Civil Veterinary Dept. Bombay admin report 1893-99 - 1893-1899
Year: 1893
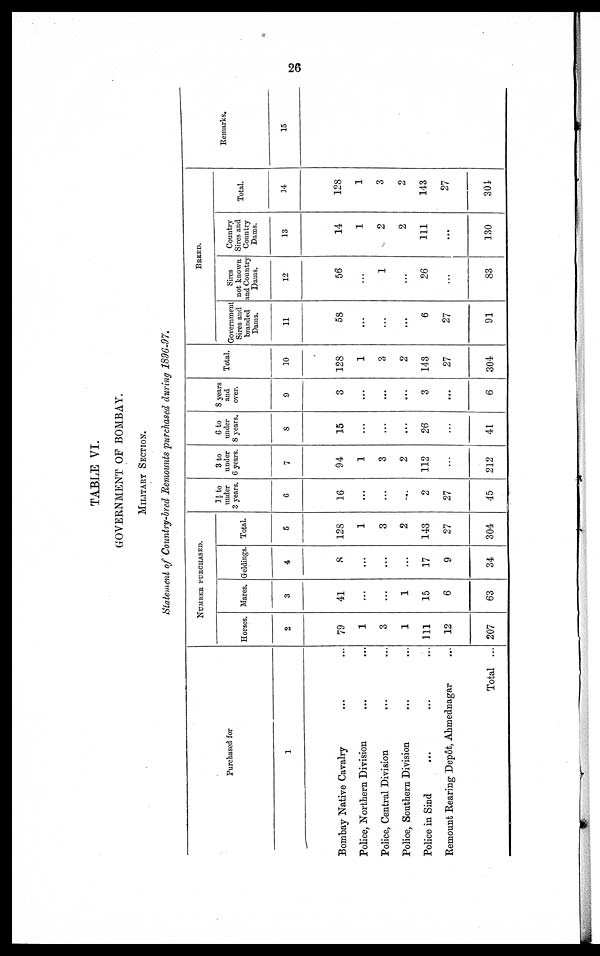
26
TABLE VI.
GOVERNMENT OF BOMBAY.
MILITARY SECTION.
Statement of Country-bred Remounts purchased during 1896-97.
Purchased for
1
Bombay Native Cavalry ... ...
Police, Northern Division ... ...
Police, Central Division
... ...
Police, Southern Division ... ...
Police in Sind ... ... ...
Remount Rearing Depôt, Ahmednagar ...
Total ...
NUMBER PURCHASED.
Horses.
2
79
1
3
1
111
12
207
Mares.
3
41
...
...
1
15
6
63
Geldings.
4
8
...
...
...
17
9
34
Total
5
128
1
3
2
143
27
304
1½ to
under
3 years.
6
16
...
...
...
2
27
45
3 to
under
6 years.
7
94
1
3
2
112
...
212
6 to
under
8 years.
8
15
...
...
...
26
...
41
8 years
and
over.
9
3
...
...
...
3
...
6
Total.
10
128
1
3
2
143
27
304
BREED.
Government
Sires and
branded
Dams.
11
58
...
...
...
6
27
91
Sires
not known
and Country
Dams.
12
56
...
1
...
26
...
83
Country
Sires and
Country
Dams.
13
14
1
2
2
111
...
130
Total.
14
128
1
3
2
143
27
304
Remarks.
15